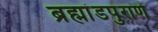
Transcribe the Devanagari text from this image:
ब्रह्मांडपुराणे